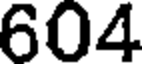
604